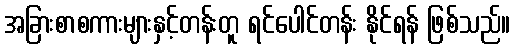
အခြားစာစကားများနှင့်တန်းတူ ရင်ပေါင်တန်း နိုင်ရန် ဖြစ်သည်။